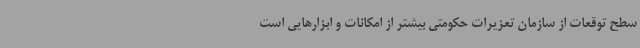
سطح توقعات از سازمان تعزیرات حکومتی بیشتر از امکانات و ابزارهایی است